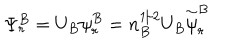
LaTeX: \Psi _ { r } ^ { B } = U _ { B } { \psi } _ { r } ^ { B } = n _ { B } ^ { 1 / 2 } U _ { B } \stackrel { \sim } { \psi } _ { r } ^ { B }